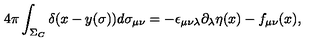
4 \pi \int _ { \Sigma _ { C } } \delta ( x - y ( \sigma ) ) d \sigma _ { \mu \nu } = - \epsilon _ { \mu \nu \lambda } \partial _ { \lambda } \eta ( x ) - f _ { \mu \nu } ( x ) ,